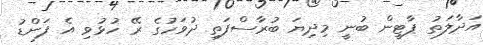
އަދާލަތު ޕާޓީން ބުނީ މިދިޔަ ބުރާސްފަތި ދުވަހުގެ ރޭ ހުޅުވި އެ ފަންޑު